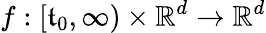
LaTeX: f:[\mathfrak{t}_{0},\infty)\times\mathbb{{R}}^{d}\to\mathbb{{R}}^{d}